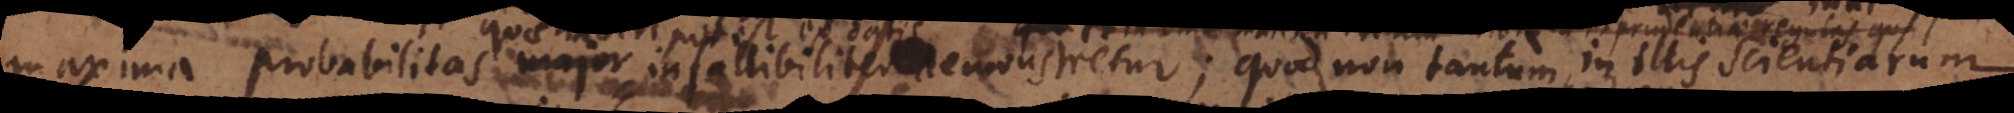
ex datis infallibiliter demonstretur; quod non tantum in illis Scientiarum